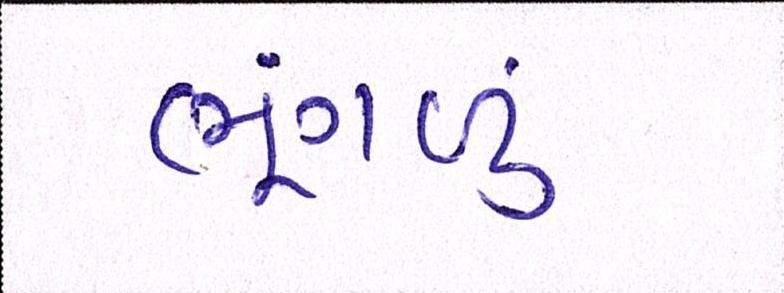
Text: ભૂંગળું